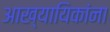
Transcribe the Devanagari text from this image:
आख्यायिकांना